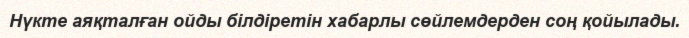
Нүкте аяқталған ойды білдіретін хабарлы сөйлемдерден соң қойылады.